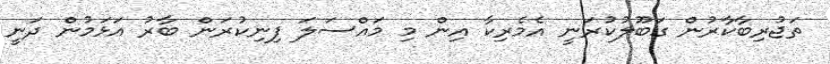
ތަޖުރިބާކާރުން ގަބޫލުކުރަނީ އެމެރިކާ އިން މި މައްސަލަ ފިނިކުރަން ބާރު އަޅަމުން ދަނީ